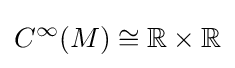
C^{\infty }(M)\cong \mathbb {R} \times \mathbb {R}